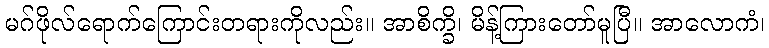
မဂ်ဖိုလ်ရောက်ကြောင်းတရားကိုလည်း။ အာစိက္ခိ၊ မိန့်ကြားတော်မူပြီ။ အာလောကံ၊